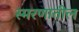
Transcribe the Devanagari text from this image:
स्मरणातील